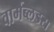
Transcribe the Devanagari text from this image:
वार्मब्लडस